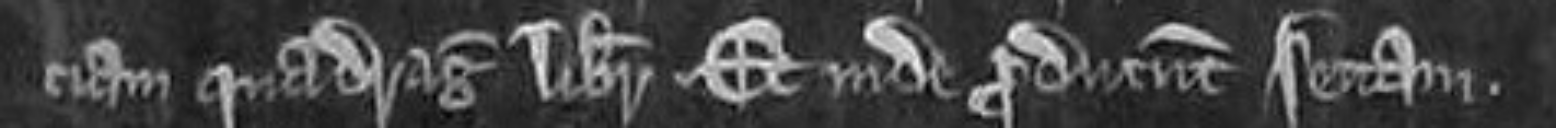
ciam quadraginta librarum. Et inde producunt sectam.